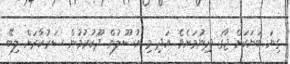
ގިނަ ބަޔަކަށް ޖާގަ ދިނުމަށެވެ. އަދި މި އުސޫލުން ދޫކުރުމުން ސަރުކާރަށް ލިބޭ